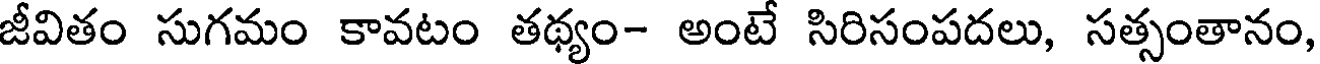
జీవితం సుగమం కావటం తథ్యం- అంటే సిరిసంపదలు, సత్సంతానం,